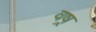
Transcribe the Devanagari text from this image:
वष्र